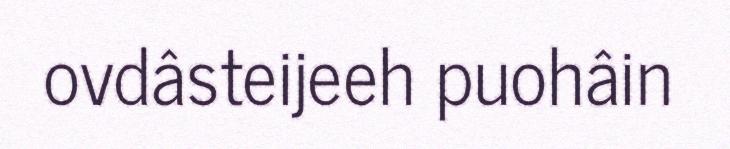
ovdâsteijeeh puohâin